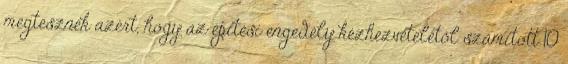
megtesznek azért, hogy az építési engedély kézhezvételétől számított 10